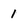
Character: 1